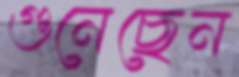
গুনেছেন